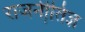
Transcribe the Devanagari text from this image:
राजनीति़ज्ञ